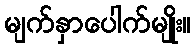
မျက်နှာပေါက်မျိုး။